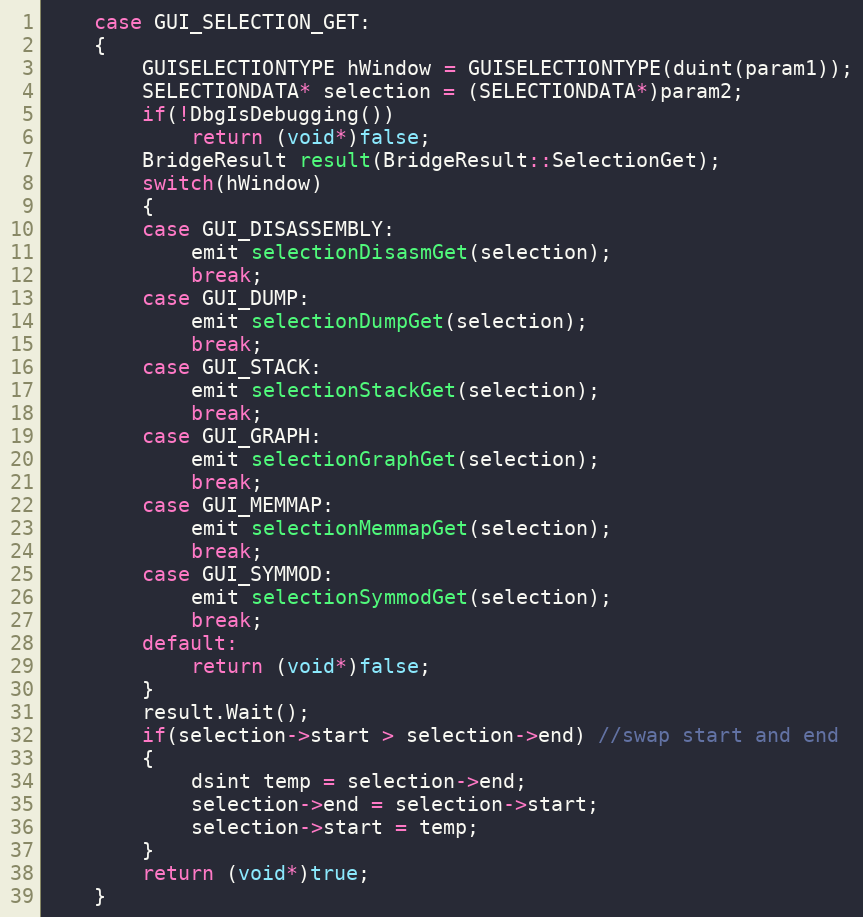
Language: C++
    case GUI_SELECTION_GET:
    {
        GUISELECTIONTYPE hWindow = GUISELECTIONTYPE(duint(param1));
        SELECTIONDATA* selection = (SELECTIONDATA*)param2;
        if(!DbgIsDebugging())
            return (void*)false;
        BridgeResult result(BridgeResult::SelectionGet);
        switch(hWindow)
        {
        case GUI_DISASSEMBLY:
            emit selectionDisasmGet(selection);
            break;
        case GUI_DUMP:
            emit selectionDumpGet(selection);
            break;
        case GUI_STACK:
            emit selectionStackGet(selection);
            break;
        case GUI_GRAPH:
            emit selectionGraphGet(selection);
            break;
        case GUI_MEMMAP:
            emit selectionMemmapGet(selection);
            break;
        case GUI_SYMMOD:
            emit selectionSymmodGet(selection);
            break;
        default:
            return (void*)false;
        }
        result.Wait();
        if(selection->start > selection->end) //swap start and end
        {
            dsint temp = selection->end;
            selection->end = selection->start;
            selection->start = temp;
        }
        return (void*)true;
    }